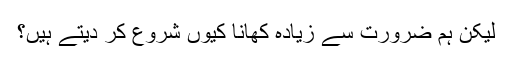
لیکن ہم ضرورت سے زیادہ کھانا کیوں شروع کر دیتے ہیں؟